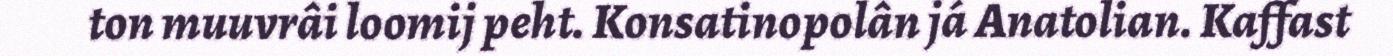
ton muuvrâi loomij peht. Konsatinopolân já Anatolian. Kaffast